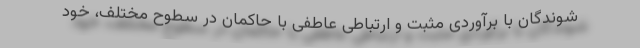
شوندگان با برآوردی مثبت و ارتباطی عاطفی با حاکمان در سطوح مختلف، خود